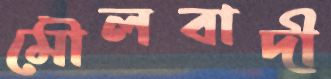
মৌলবাদী